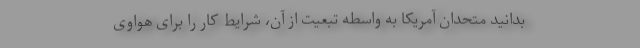
بدانید متحدان آمریکا به واسطه تبعیت از آن، شرایط کار را برای هواوی